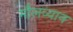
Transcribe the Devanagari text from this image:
मौलव्यान